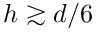
h \gtrsim d / 6